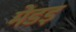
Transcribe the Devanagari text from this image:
मेडइ